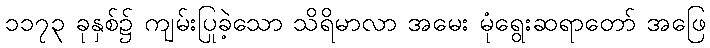
၁၁၇၃ ခုနှစ်၌ ကျမ်းပြုခဲ့သော သိရိမာလာ အမေး မုံရွေးဆရာတော် အဖြေ